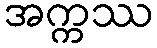
အက္ကဿ